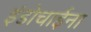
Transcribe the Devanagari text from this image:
इंडोचाईना